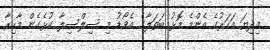
މިދިޔަ އަހަރުގެ އެންމެ މޮޅު ބަތަލާގެ އެވޯޑު މި ސިލްސިލާ ކުޅެގެން މާހިރާ